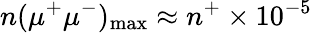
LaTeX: n(\mu^{+}\mu^{-})_{\mathrm{max}}\approx n^{+}\times 10^{-5}